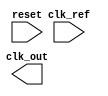
module low_jitter_PLL (
    input wire clk_ref,       // Reference clock input
    input wire reset,         // Asynchronous reset
    output wire clk_out       // PLL output clock
);

    // Parameters for PLL design
    parameter N = 4;          // Frequency division ratio
    parameter VCO_MAX_FREQ = 100; // Maximum VCO frequency (in MHz)
    parameter VCO_MIN_FREQ = 10;  // Minimum VCO frequency (in MHz)
    
    // Internal signals
    reg [1:0] phase_error;    // Phase error signal
    reg charge_pump_out;       // Charge pump output
    wire vco_clk;              // VCO clock output
    reg [7:0] control_voltage;  // Control voltage for VCO
    reg [1:0] clk_div;         // Clock divider counter

    // Phase Frequency Detector (PFD)
    always @(posedge clk_ref or posedge reset) begin
        if (reset) begin
            phase_error <= 2'b00; // Reset phase error
        end else begin
            // Simple phase comparison (this is a placeholder, actual implementation may vary)
            // For demonstration purposes, let's assume we have a simple mechanism to detect phase
            // Here you may need better PFD logic based on your design requirements
            phase_error <= (clk_ref ? 2'b01 : 2'b10); // Placeholder logic for phase detection
        end
    end

    // Charge Pump (CP)
    always @(posedge clk_ref or posedge reset) begin
        if (reset) begin
            charge_pump_out <= 1'b0; // Reset charge pump output
        end else begin
            // Charge pump logic based on phase error
            case (phase_error)
                2'b00: charge_pump_out <= 1'b0;  // No change
                2'b01: charge_pump_out <= 1'b1;  // Increase voltage
                2'b10: charge_pump_out <= 1'b0;  // Decrease voltage
                default: charge_pump_out <= 1'b0;
            endcase
        end
    end

    // Loop Filter (LF) - Simple 1st order filter
    always @(posedge clk_ref or posedge reset) begin
        if (reset) begin
            control_voltage <= 8'd0; // Reset control voltage
        end else begin
            // Basic LPF logic (integrate charge pump output)
            if (charge_pump_out) begin
                control_voltage <= control_voltage + 1; // Increase control voltage
            end else begin
                control_voltage <= control_voltage - 1; // Decrease control voltage
            end
            // Clamp control voltage to min/max limits
            if (control_voltage > 8'd255) control_voltage <= 8'd255;
            if (control_voltage < 8'd0) control_voltage <= 8'd0;
        end
    end

    // Voltage-Controlled Oscillator (VCO) - simplified
    always @(posedge clk_ref or posedge reset) begin
        if (reset) begin
            clk_div <= 2'b00; // Reset clock divider
        end else begin
            // Simple VCO logic based on control voltage
            // Here the VCO frequency is determined by control voltage (not a real VCO behavior)
            if (control_voltage > 8'd128) begin
                clk_div <= clk_div + 1;
            end else begin
                clk_div <= clk_div - 1;
            end
        end
    end

    // Frequency Divider
    assign clk_out = clk_div[N-1]; // Output clock after dividing by N

endmodule